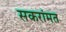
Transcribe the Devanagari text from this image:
सकरांमत